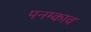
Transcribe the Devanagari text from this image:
पनम्काव